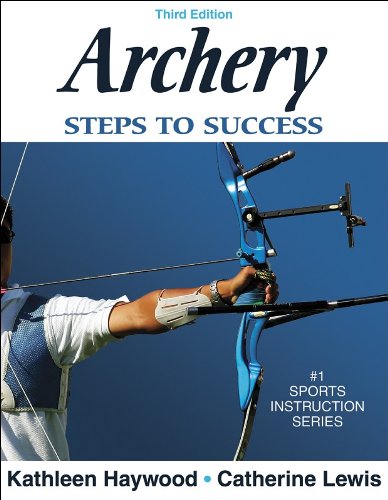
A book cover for Archery: Steps to Success; Kathleen Haywood; Sports & Outdoors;